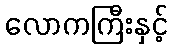
လောကကြီးနှင့်